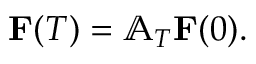
\begin{array} { r } { \mathbf { F } ( T ) = \mathbb { A } _ { T } \mathbf { F } ( 0 ) . } \end{array}